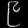
Digit: ၉